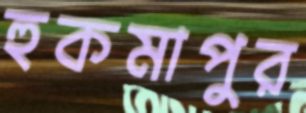
হুকমাপুর